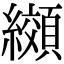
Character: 纐